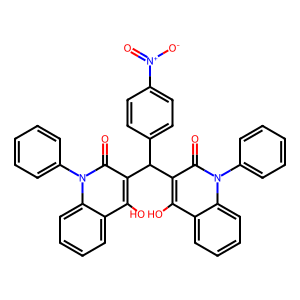
SMILES: O=c1c(C(c2ccc([N+](=O)[O-])cc2)c2c(O)c3ccccc3n(-c3ccccc3)c2=O)c(O)c2ccccc2n1-c1ccccc1
Inhibits HIV replication: No